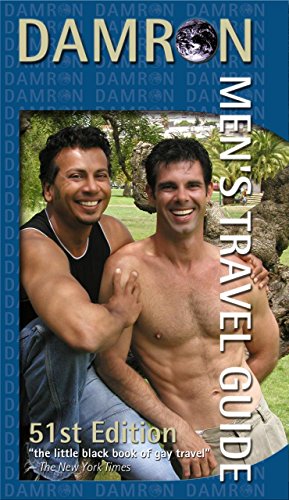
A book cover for Damron Men's Travel Guide: 51st Edition (Damron Guides); Gina Gatta; Gay & Lesbian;